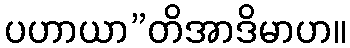
ပဟာယာ”တိအာဒိမာဟ။